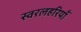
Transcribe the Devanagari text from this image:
स्वरलहरियाँ